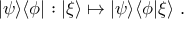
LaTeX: | \psi \rangle \langle \phi | : | \xi \rangle \mapsto | \psi \rangle \langle \phi | \xi \rangle ~ .